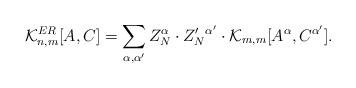
LaTeX: \begin{align*}\mathcal{K}_{n, m}^{ER}[A, C]=\sum_{\alpha, \alpha'} Z_N^{\alpha} \cdot Z'_N{}^{\alpha'} \cdot \mathcal{K}_{m, m}[A^{\alpha}, C^{\alpha'}].\end{align*}